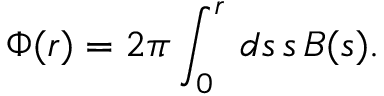
\Phi ( r ) = 2 \pi \int _ { 0 } ^ { r } \, d s \, s \, B ( s ) .